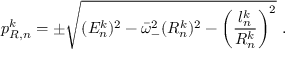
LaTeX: p _ { R , n } ^ { k } = \pm \sqrt { ( E _ { n } ^ { k } ) ^ { 2 } - \bar { \omega } _ { - } ^ { 2 } ( R _ { n } ^ { k } ) ^ { 2 } - \left( \frac { l _ { n } ^ { k } } { R _ { n } ^ { k } } \right) ^ { 2 } } \ .